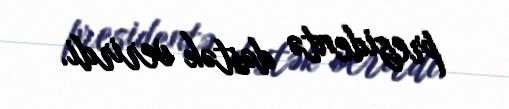
prezidentə dəstək verirdi.